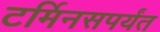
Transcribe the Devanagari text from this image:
टर्मिनसपर्यंत